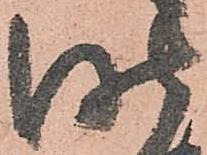
昨